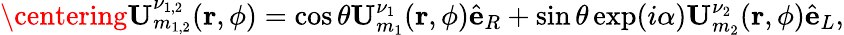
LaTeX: \centering{\mathbf U}_{m_{1,2}}^{\nu_{1,2}}({\mathbf r},\phi)=\cos\theta{\mathbf U}_{m_{1}}^{\nu_{1}}({\mathbf r},\phi)\hat{\mathbf e}_{R}+\sin\theta\exp(i\alpha){\mathbf U}_{m_{2}}^{\nu_{2}}({\mathbf r},\phi)\hat{\mathbf e}_{L},